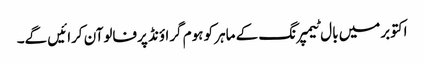
اکتوبرمیں بال ٹیمپرنگ کے ماہر کو ہوم گراؤنڈ پرفالوآن کرائیں گے۔